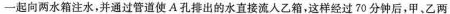
一起向两水箱注水，并通过管道使A孔排出的水直接流入乙箱，这样经过70分钟后，甲、乙两